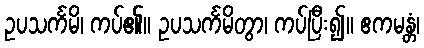
ဥပသင်္ကမိ၊ ကပ်၏။ ဥပသင်္ကမိတွာ၊ ကပ်ပြီး၍။ ဧကမန္တံ၊